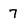
Character: 7